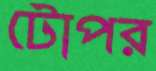
টোপর